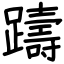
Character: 躊